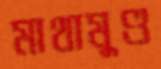
মাথামুণ্ড